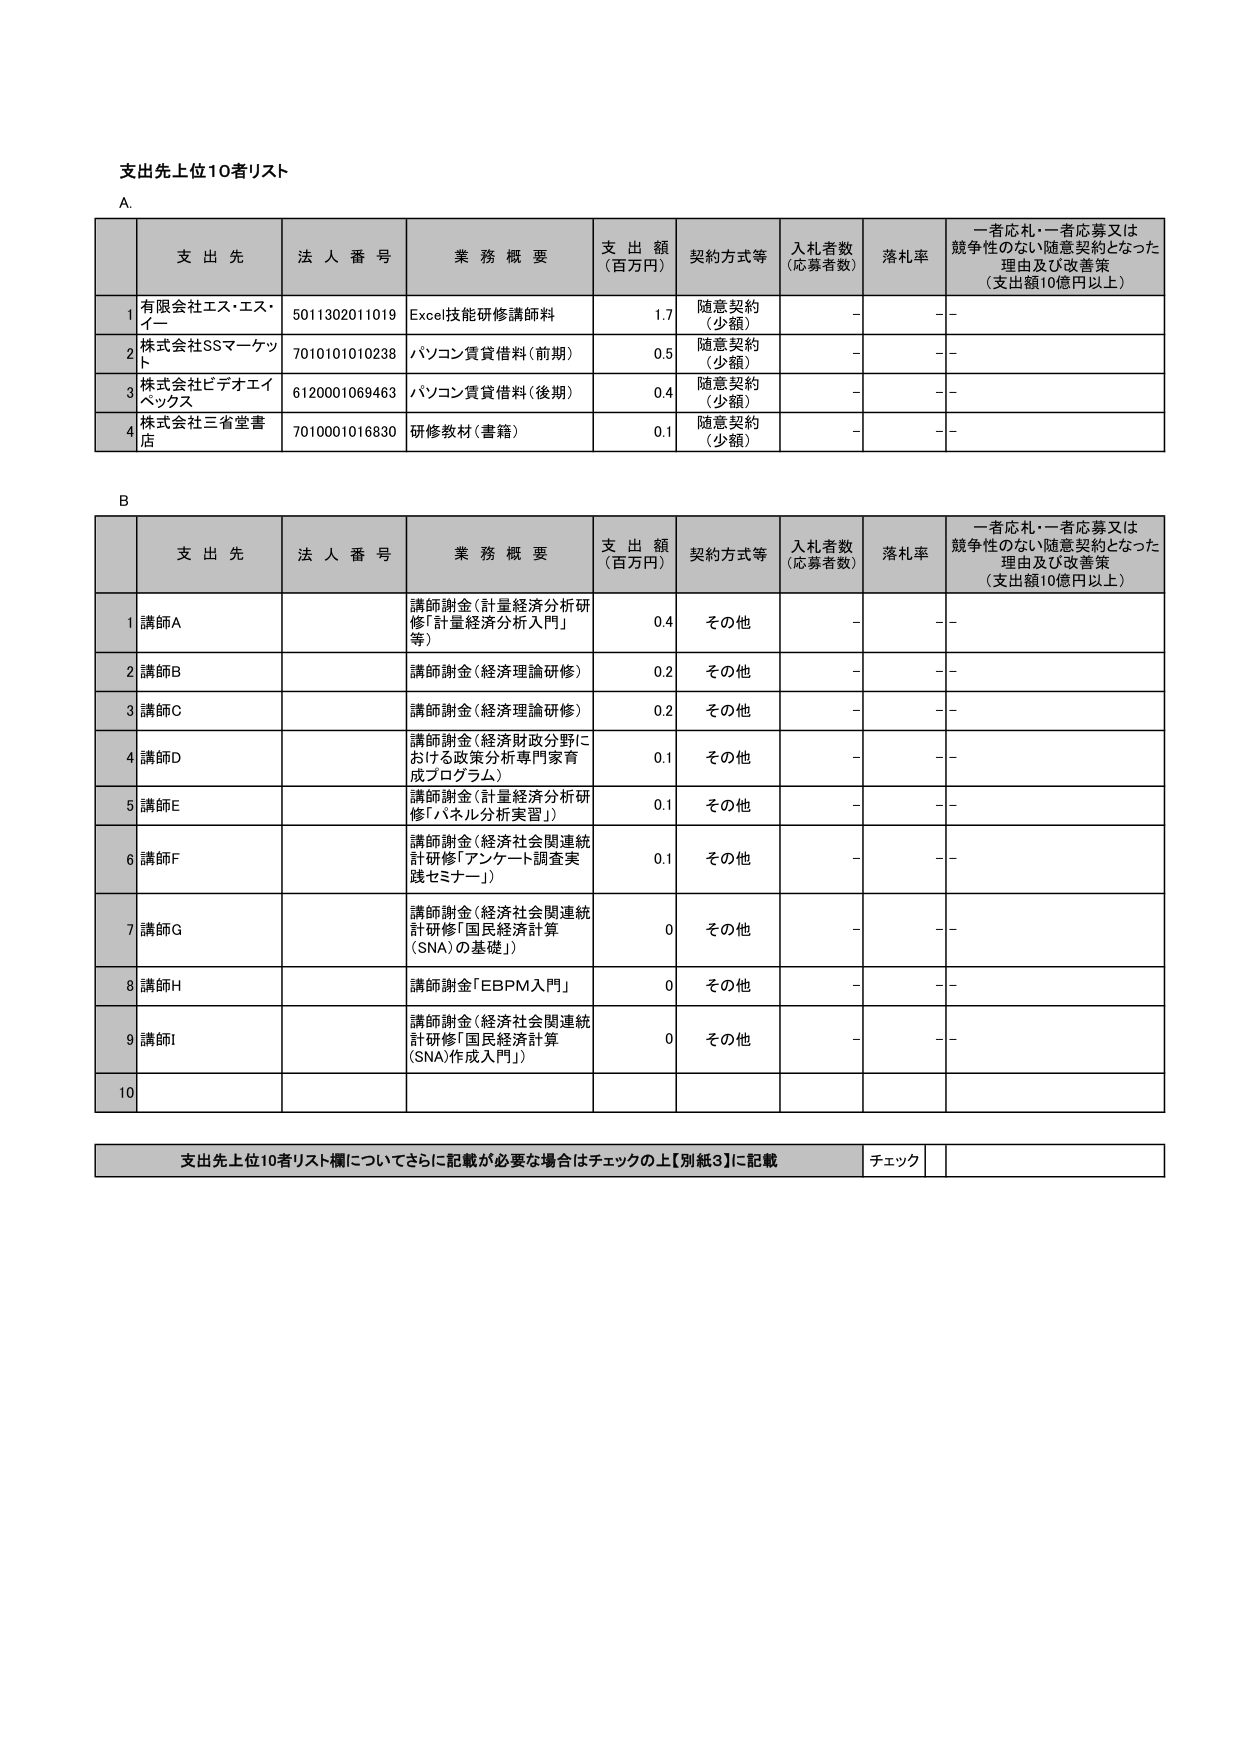
支出先上位10者リスト

A.

支 出 先 法 人 番 号 業 務 概 要 支 出 額 （百万円） 契約方式等 入札者数 （応募者数） 落札率 一者応札・一者応募又は競争性のない随意契約となった理由及び改善策 （支出額10億円以上）

1 有限会社エス・エス・イー 5011302011019 Excel技能研修講師料 1.7 随意契約 （少額） - - -

2 株式会社SSマーケット 7010101010238 パソコン賃貸借料（前期） 0.5 随意契約 （少額） - - -

3 株式会社ビデオエイベックス 6120001069463 パソコン賃貸借料（後期） 0.4 随意契約 （少額） - - -

4 株式会社三省堂書店 7010001016830 研修教材（書籍） 0.1 随意契約 （少額） - - -

B

支 出 先 法 人 番 号 業 務 概 要 支 出 額 （百万円） 契約方式等 入札者数 （応募者数） 落札率 一者応札・一者応募又は競争性のない随意契約となった理由及び改善策 （支出額10億円以上）

1 講師A 講師謝金（計量経済分析研修「計量経済分析入門」等） 0.4 その他 - - -

2 講師B 講師謝金（経済理論研修） 0.2 その他 - - -

3 講師C 講師謝金（経済理論研修） 0.2 その他 - - -

4 講師D 講師謝金（経済財政分野における政策分析専門家育成プログラム） 0.1 その他 - - -

5 講師E 講師謝金（計量経済分析研修「パネル分析実習」） 0.1 その他 - - -

6 講師F 講師謝金（経済社会関連統計研修「アンケート調査実践セミナー」） 0.1 その他 - - -

7 講師G 講師謝金（経済社会関連統計研修「国民経済計算（SNA）の基礎」） 0 その他 - - -

8 講師H 講師謝金「EBPM入門」 0 その他 - - -

9 講師I 講師謝金（経済社会関連統計研修「国民経済計算（SNA）作成入門」） 0 その他 - - -

10

支出先上位10者リスト欄についてさらに記載が必要な場合はチェックの上【別紙3】に記載 チェック